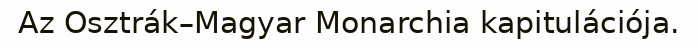
Az Osztrák–Magyar Monarchia kapitulációja.